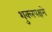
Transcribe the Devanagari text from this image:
शुक्लपक्षमे